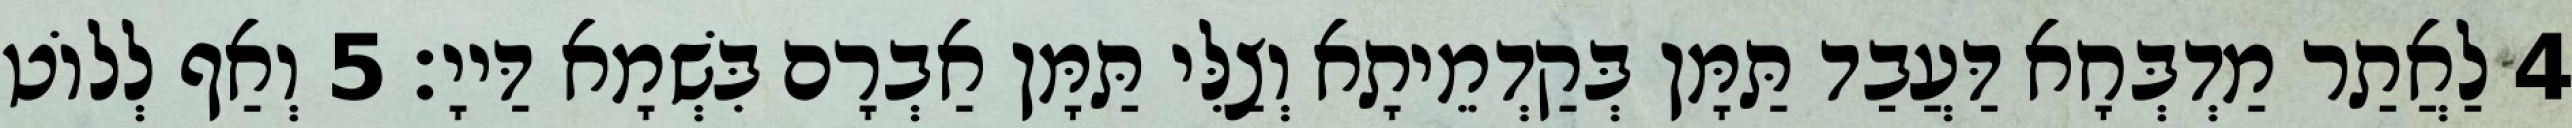
4 לַאֲתַר מַדְבְּחָא דַּעֲבַד תַּמָּן בְּקַדְמֵיתָא וְצַלִּי תַּמָּן אַבְרָם בִּשְׁמָא דַּייָ׃ 5 וְאַף לְלוֹט